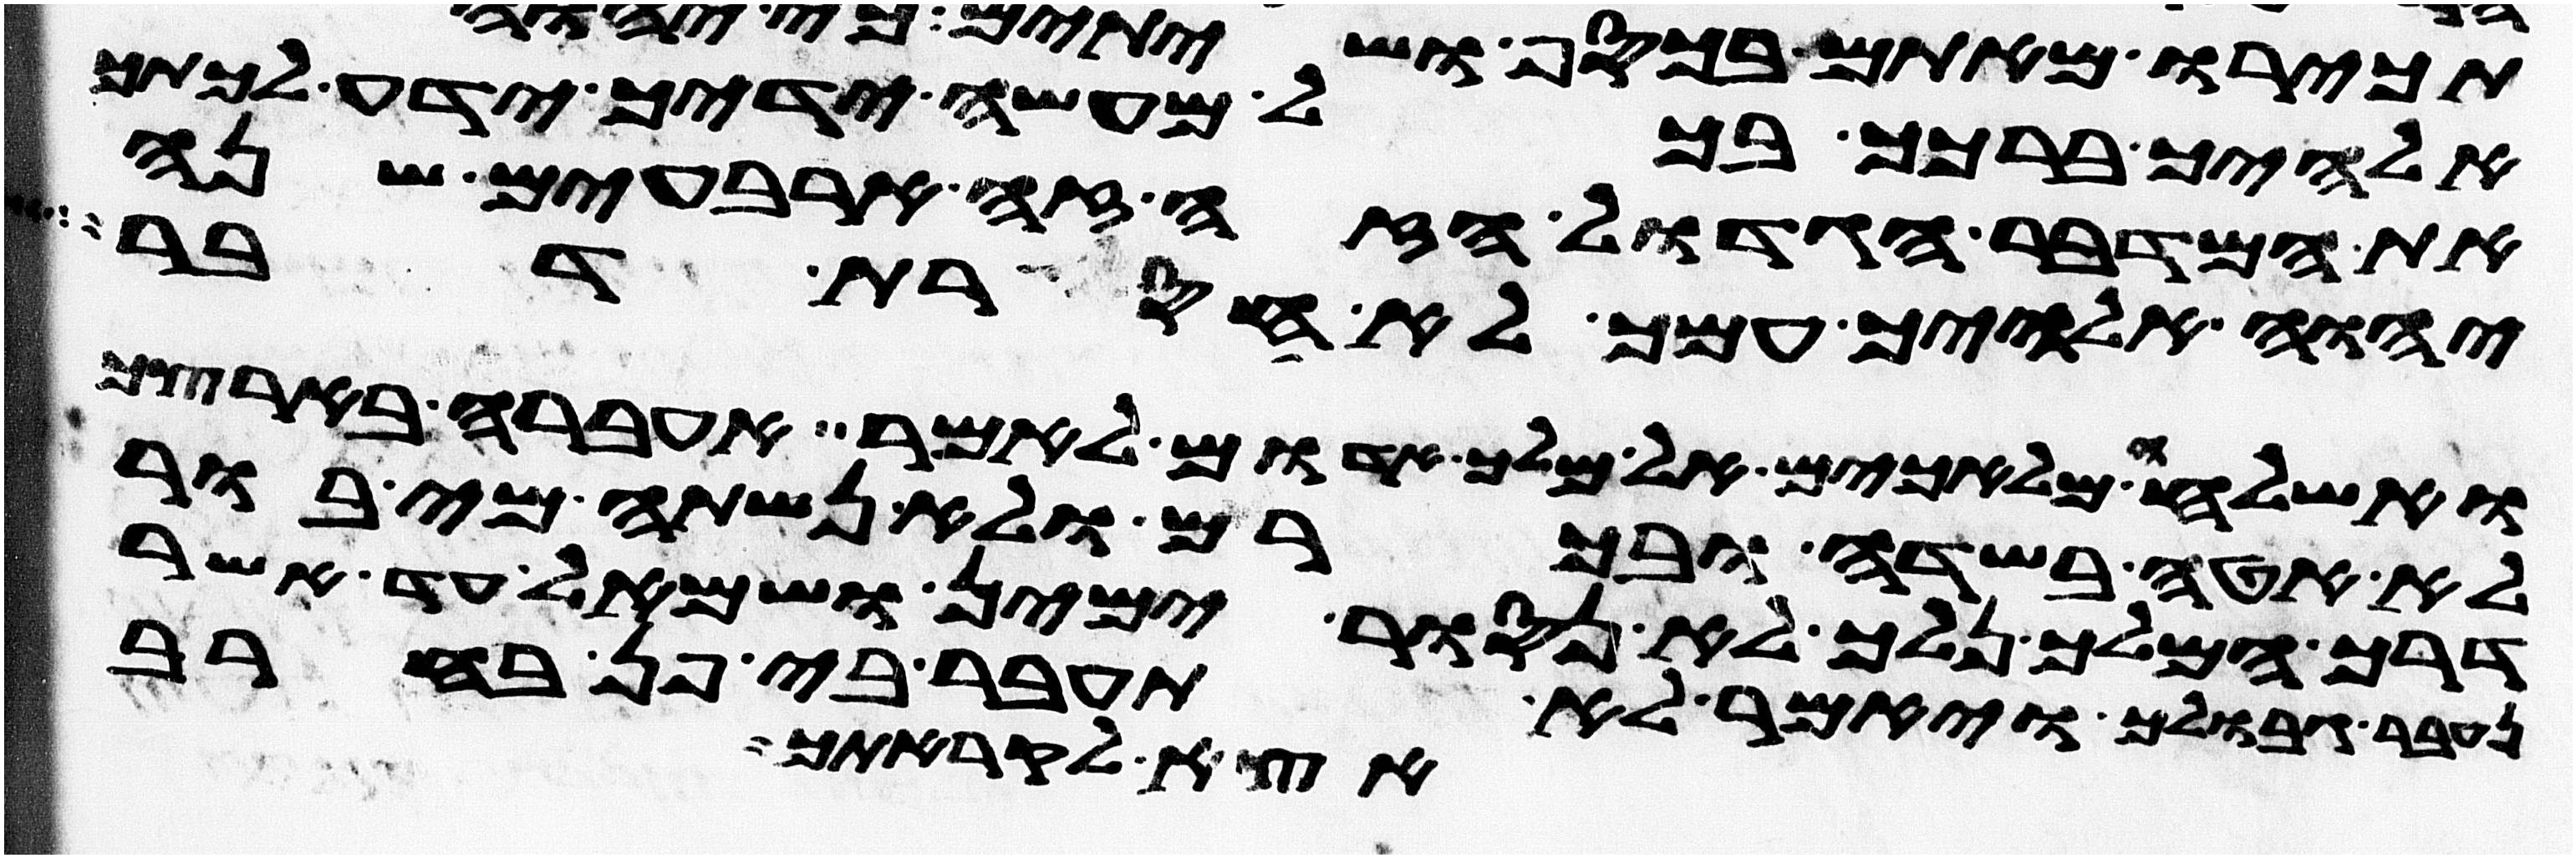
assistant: אלהיך ברכך בכל מעשה ידיך ידע לכתך
את המדבר הגדול הזה זה ארבעים שנה
יהוה אלהיך עמך לא חסרת דבר
ואשלחה מלאכים אל מלך אדום לאמר אעברה בארצך
לא אטה בשדה ובכרם ולא נשתה מי בור
דרך המלך נלך לא נסור ימין ושמאל עד אשר
גבולך ויאמר לא תעבר בי פן בחרב
אצא לקראתך